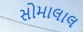
સોમાલાલ